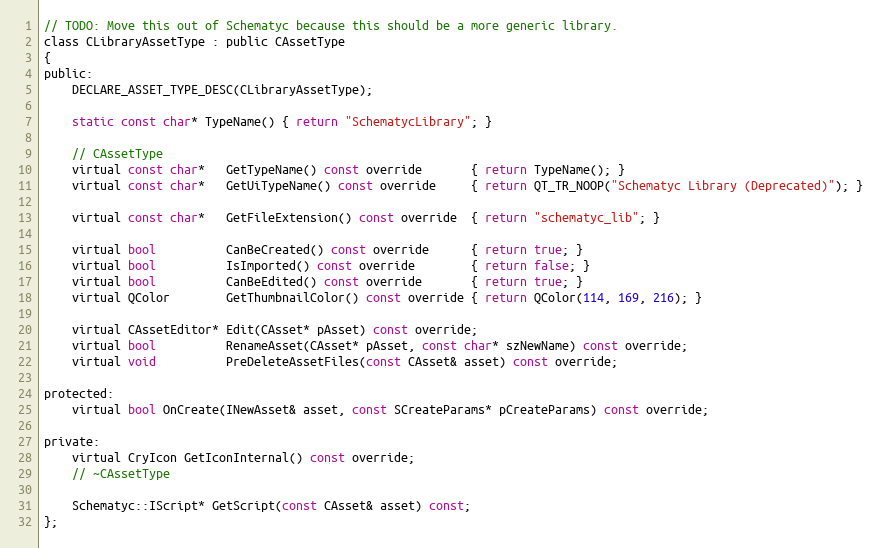
Language: C
// TODO: Move this out of Schematyc because this should be a more generic library.
class CLibraryAssetType : public CAssetType
{
public:
	DECLARE_ASSET_TYPE_DESC(CLibraryAssetType);

	static const char* TypeName() { return "SchematycLibrary"; }

	// CAssetType
	virtual const char*   GetTypeName() const override       { return TypeName(); }
	virtual const char*   GetUiTypeName() const override     { return QT_TR_NOOP("Schematyc Library (Deprecated)"); }

	virtual const char*   GetFileExtension() const override  { return "schematyc_lib"; }

	virtual bool          CanBeCreated() const override      { return true; }
	virtual bool          IsImported() const override        { return false; }
	virtual bool          CanBeEdited() const override       { return true; }
	virtual QColor        GetThumbnailColor() const override { return QColor(114, 169, 216); }

	virtual CAssetEditor* Edit(CAsset* pAsset) const override;
	virtual bool          RenameAsset(CAsset* pAsset, const char* szNewName) const override;
	virtual void          PreDeleteAssetFiles(const CAsset& asset) const override;

protected:
	virtual bool OnCreate(INewAsset& asset, const SCreateParams* pCreateParams) const override;

private:
	virtual CryIcon GetIconInternal() const override;
	// ~CAssetType

	Schematyc::IScript* GetScript(const CAsset& asset) const;
};